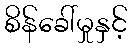
စိန်ခေါ်မှုနှင့်